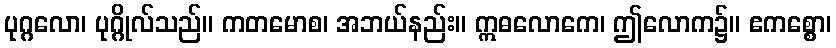
ပုဂ္ဂလော၊ ပုဂ္ဂိုလ်သည်။ ကတမောစ၊ အဘယ်နည်း။ ဣဓလောကေ၊ ဤလောက၌။ ဧကစ္စော၊